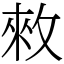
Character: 𢽟